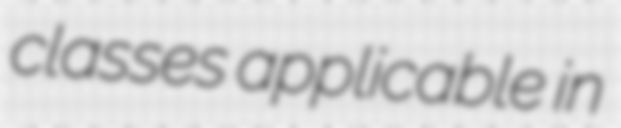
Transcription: classes applicable in